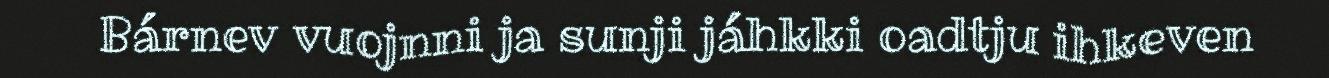
Bárnev vuojnni ja sunji jáhkki oadtju ihkeven